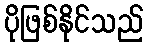
ပိုဖြစ်နိုင်သည်